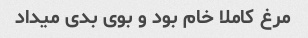
مرغ کاملا خام بود و بوی بدی میداد